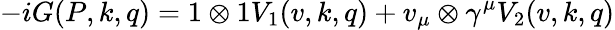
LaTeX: -iG(P,k,q)=1\otimes 1V_{1}(v,k,q)+v_{\mu}\otimes\gamma^{\mu}V_{2}(v,k,q)